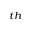
^ { t h }